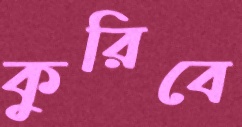
কুরিবে